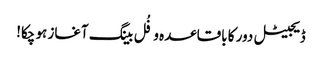
ڈیجیٹل دور کا باقاعدہ و فُل بینگ آغاز ہو چکا!